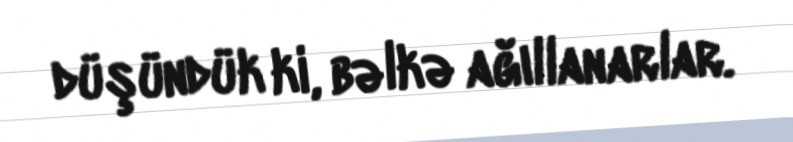
düşündük ki, bəlkə ağıllanarlar.